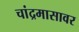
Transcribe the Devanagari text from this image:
चांद्रमासावर